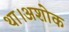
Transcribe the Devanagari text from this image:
था।अशोक